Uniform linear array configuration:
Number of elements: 24
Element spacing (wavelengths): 1
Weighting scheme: binomial
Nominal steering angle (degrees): -45
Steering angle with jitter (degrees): -45.494
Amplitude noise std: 0.05
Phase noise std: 0.05

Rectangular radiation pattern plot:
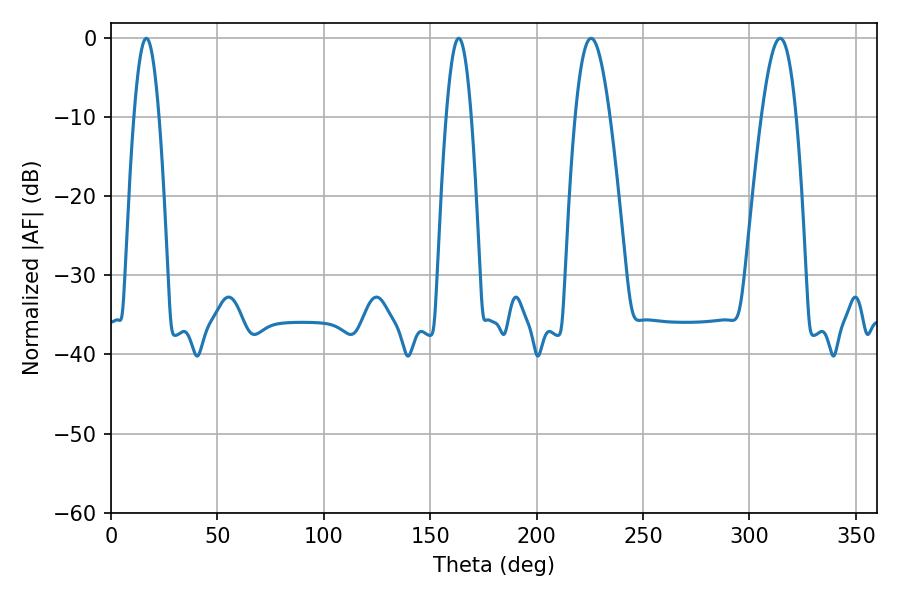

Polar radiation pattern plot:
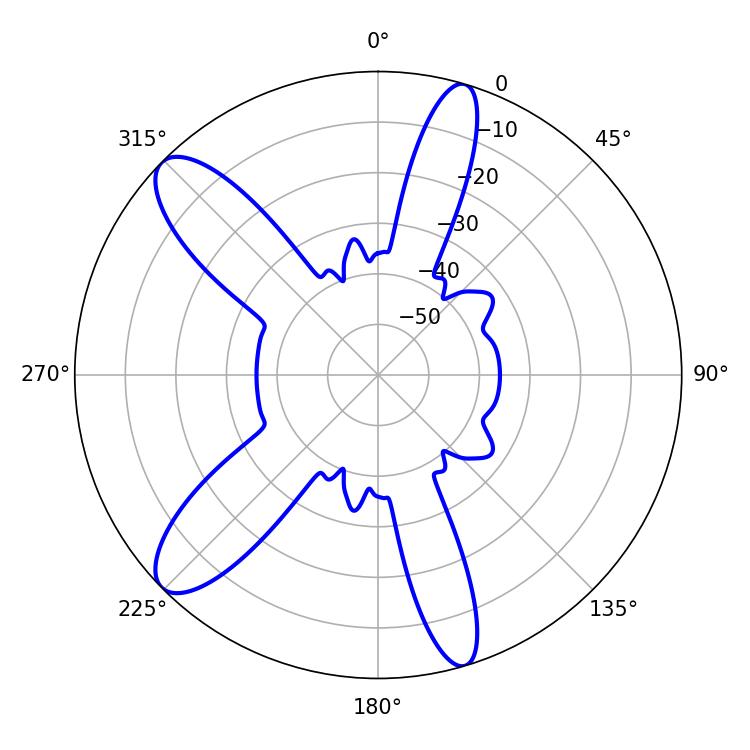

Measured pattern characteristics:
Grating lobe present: TRUE
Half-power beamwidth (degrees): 8.82
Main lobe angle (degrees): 225.54